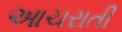
આચરાતી